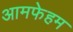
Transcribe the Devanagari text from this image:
आमफेहम